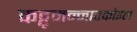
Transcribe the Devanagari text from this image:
कट्टुमन्नारकोइल